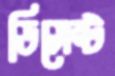
ডিসেন্ট